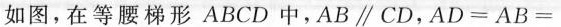
如图，在等腰梯形ABCD中，AB\parallel CD，$$A D = A B =